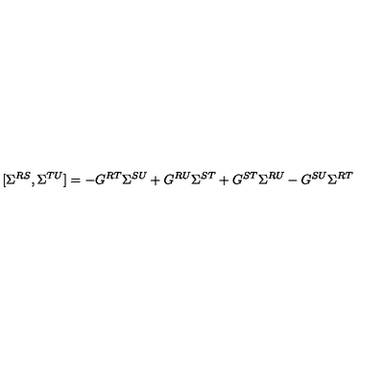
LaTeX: [ \Sigma ^ { R S } , \Sigma ^ { T U } ] = - G ^ { R T } \Sigma ^ { S U } + G ^ { R U } \Sigma ^ { S T } + G ^ { S T } \Sigma ^ { R U } - G ^ { S U } \Sigma ^ { R T }